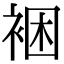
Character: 裍